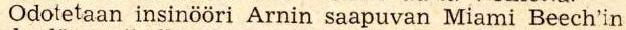
Odotetaan insinööri Arnin saapuvan Miami Beech'in